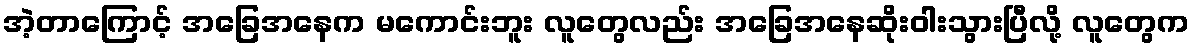
အဲ့တာကြောင့် အခြေအနေက မကောင်းဘူး လူတွေလည်း အခြေအနေဆိုးဝါးသွားပြီလို့ လူတွေက